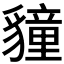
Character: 𮙬